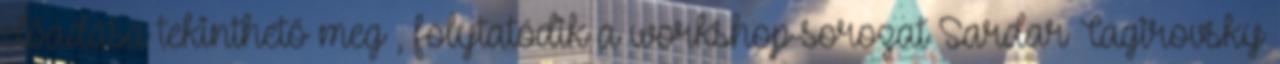
előadása tekinthető meg , folytatódik a workshop-sorozat Sardar Tagirovsky